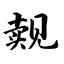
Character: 觌